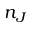
n _ { J }